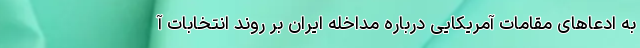
به ادعاهای مقامات آمریکایی درباره مداخله ایران بر روند انتخابات آ